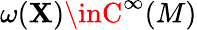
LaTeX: \omega(\mathbf{X})\inC^{\infty}(M)